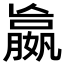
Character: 𡢔